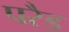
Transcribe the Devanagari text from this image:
परैड